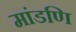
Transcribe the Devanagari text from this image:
मांडणि